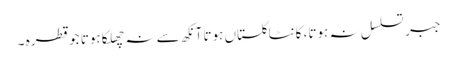
جبر تسلسل نہ ہوتا، کانٹا گلستاں ہوتا آنکھ سے نہ چھلکا ہوتا جو قطرہ ۔